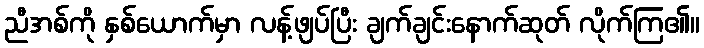
ညီအစ်ကို နှစ်ယောက်မှာ လန့်ဖျပ်ပြီး ချက်ချင်းနောက်ဆုတ် လိုက်ကြ၏။